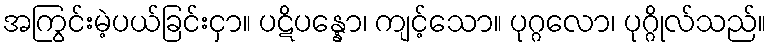
အကြွင်းမဲ့ပယ်ခြင်းငှာ။ ပဋိပန္နော၊ ကျင့်သော။ ပုဂ္ဂလော၊ ပုဂ္ဂိုလ်သည်။